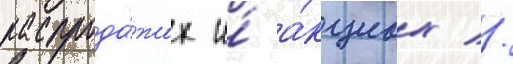
распрода́жах и́ а́кциах //